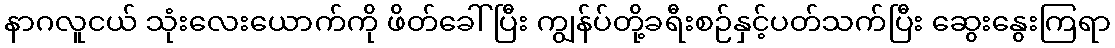
နာဂလူငယ် သုံးလေးယောက်ကို ဖိတ်ခေါ်ပြီး ကျွန်ပ်တို့ခရီးစဉ်နှင့်ပတ်သက်ပြီး ဆွေးနွေးကြရာ